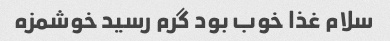
سلام غذا خوب بود گرم رسید خوشمزه